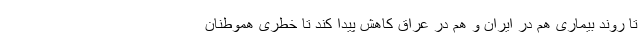
تا روند بیماری هم در ایران و هم در عراق کاهش پیدا کند تا خطری هموطنان